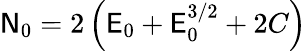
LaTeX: \mathsf{N}_{0}=2\left(\mathsf{E}_{0}+\mathsf{E}_{0}^{3/2}+2C\right)